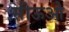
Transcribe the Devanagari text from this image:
सीऊओ